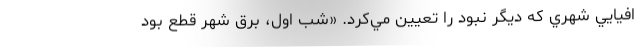
افيايي شهري كه ديگر نبود را تعيين مي‌كرد. «شب اول، برق شهر قطع بود